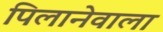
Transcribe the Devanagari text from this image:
पिलानेवाला